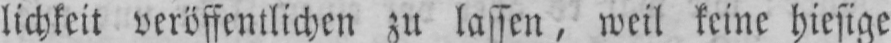
lichkeit veröffentlichen zu lassen, weil keine hiesige